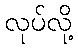
လုပ်လို့